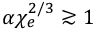
\alpha \chi _ { e } ^ { 2 / 3 } \gtrsim 1